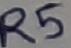
Text: R5